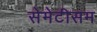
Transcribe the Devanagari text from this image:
सेमेटीसम